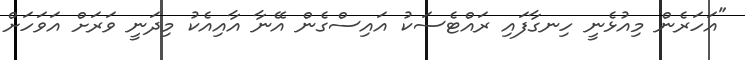
"އަހަރެން މިއުޅެނީ ހިނގާފައި ރައްޓެސަކު އައިސްގެން އޭނާ އާއިއެކު މިދަނީ ވަރަށް އަވަހަށް